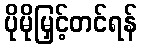
ပိုမိုမြှင့်တင်ရန်